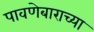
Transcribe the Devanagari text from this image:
पावणेबाराच्या